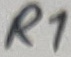
Text: R1